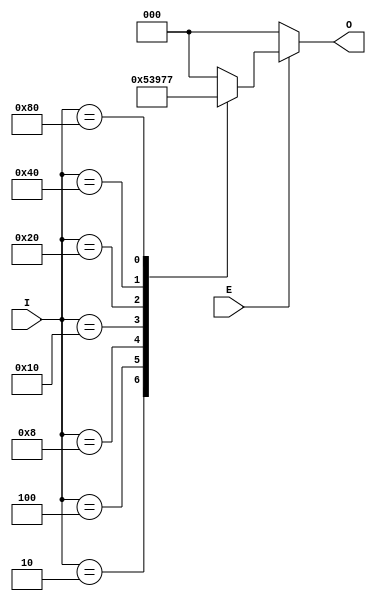
module OctalToBinaryEncoder (
    input wire [7:0] I,  // 8 input lines (I0 to I7)
    input wire E,        // Enable signal
    output reg [2:0] O   // 3-bit binary output (O2, O1, O0)
);

    always @(*) begin
        if (E) begin
            case (I)
                8'b00000001: O = 3'b000; // I0
                8'b00000010: O = 3'b001; // I1
                8'b00000100: O = 3'b010; // I2
                8'b00001000: O = 3'b011; // I3
                8'b00010000: O = 3'b100; // I4
                8'b00100000: O = 3'b101; // I5
                8'b01000000: O = 3'b110; // I6
                8'b10000000: O = 3'b111; // I7
                default: O = 3'b000;      // Default to 000 if no input is active
            endcase
        end else begin
            O = 3'b000; // Output is defined as 000 when E is low
        end
    end

endmodule